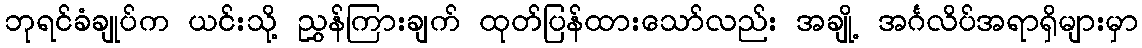
ဘုရင်ခံချုပ်က ယင်းသို့ ညွှန်ကြားချက် ထုတ်ပြန်ထားသော်လည်း အချို့ အင်္ဂလိပ်အရာရှိများမှာ